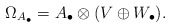
\begin{align*}\Omega_{A_{\bullet}}=A_{\bullet} \otimes (V \oplus W_{\bullet}).\end{align*}